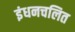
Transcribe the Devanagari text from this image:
इंधनचलित